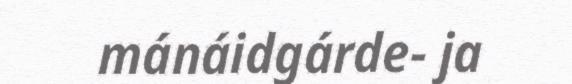
mánáidgárde- ja